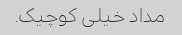
مداد خیلی کوچیک.